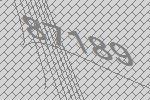
87189